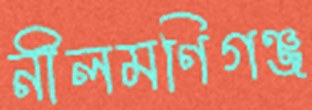
নীলমণিগঞ্জ